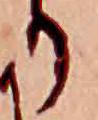
り